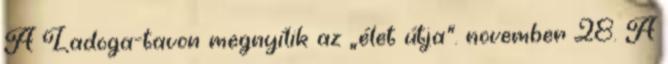
A Ladoga-tavon megnyílik az „élet útja”. november 28. A